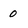
Character: 0